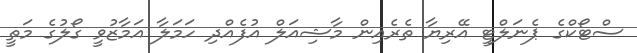
ސްޓޯކްގެ ޕެނަލްޓީ އޭރިޔާ ތެރެއިން މާޝިއަލް އުފެއްދި ހަމަލާ އަމާޒުވީ ގޯލުގެ މަތީ